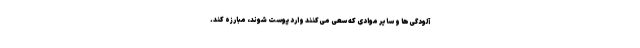
آلودگی‌ها و سایر موادی که سعی می‌کنند وارد پوست شوند، مبارزه کند.